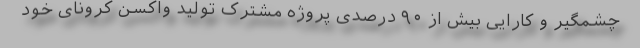
چشمگیر و کارایی بیش از ۹۰ درصدی پروژه مشترک تولید واکسن کرونای خود